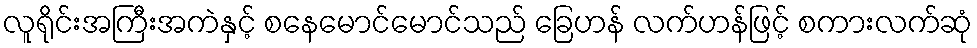
လူရိုင်းအကြီးအကဲနှင့် စနေမောင်မောင်သည် ခြေဟန် လက်ဟန်ဖြင့် စကားလက်ဆုံ